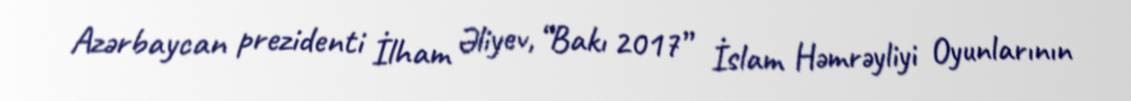
Azərbaycan prezidenti İlham Əliyev, “Bakı 2017” İslam Həmrəyliyi Oyunlarının